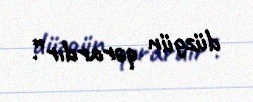
düzgün qərardır”.